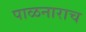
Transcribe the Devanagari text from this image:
पाळनाराच